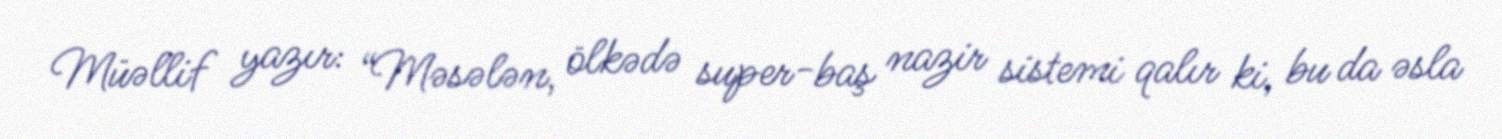
Müəllif yazır: “Məsələn, ölkədə super-baş nazir sistemi qalır ki, bu da əsla